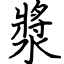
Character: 漿